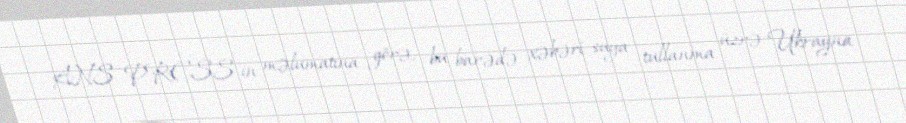
ANS PRESS-in məlumatına görə, bu barədə xəbəri suya tullanma üzrə Ukrayna